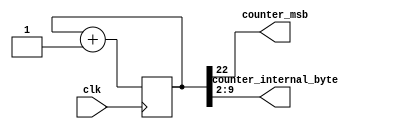
module counter(
         input clk,
         output counter_msb,
         output [ 7: 0 ] counter_internal_byte
       );

reg [ 22: 0 ] internal_counter = 23'b0;

assign counter_msb = internal_counter[ 22 ];
assign counter_internal_byte = internal_counter[ 10: 2 ];

always @( posedge clk ) begin
  internal_counter <= internal_counter + 1'b1;
end

endmodule